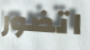
اتضور